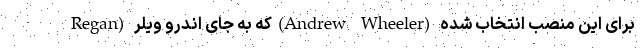
Regan) که به جای اندرو ویلر(Andrew Wheeler) برای این منصب انتخاب شده